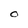
Character: O